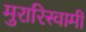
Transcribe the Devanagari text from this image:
मुरारिस्वामी